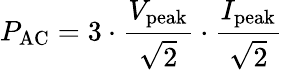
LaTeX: P_{\mathrm{AC}}=3\cdot{\frac{V_{\mathrm{peak}}}{\sqrt{2}}}\cdot{\frac{I_{\mathrm{peak}}}{\sqrt{2}}}